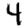
Digit: 4